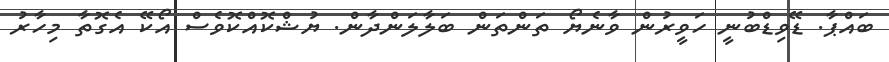
ބައްޕާ. ޑޭވިޑްބުނީ ހަވީރުން ވާނެޔޯ ތަންތަން ބަލާލަންދާން. ޔުޝްކޮއްކޮވެސް އޯކޭ އެގޮތާ މިހާރު